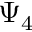
\Psi _ { 4 }